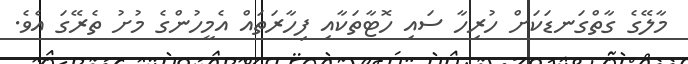
މާލޭގެ ގާތްގަނޑަކަށް ހުރިހާ ސައި ހޮޓާތަކާއި ފިހާރަތައް އެމީހުންގެ މުށު ތެރޭގަ އެވެ.